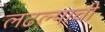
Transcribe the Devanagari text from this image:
लढल्याची